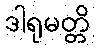
ဒါရုမတ္တိ